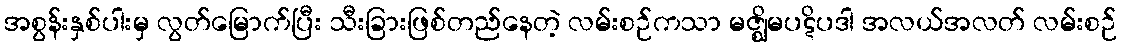
အစွန်းနှစ်ပါးမှ လွတ်မြောက်ပြီး သီးခြားဖြစ်တည်နေတဲ့ လမ်းစဉ်ကသာ မဇ္ဈိမပဋိပဒါ အလယ်အလတ် လမ်းစဉ်